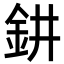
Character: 𨥙